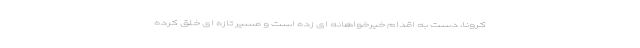
کرونا، دست به اقدام خیرخواهانه اى زده است و مسیر تازه اى خلق کرده